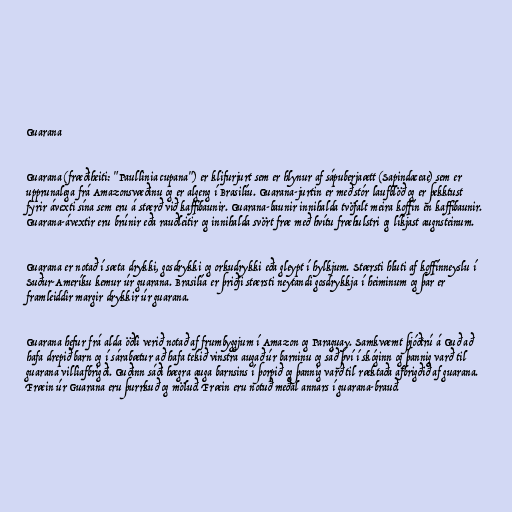
Guarana

Guarana (fræðiheiti: "Paullinia cupana") er klifurjurt sem er hlynur af sápuberjaætt (Sapindaceae) sem er
upprunalega frá Amazonsvæðinu og er algeng í Brasilíu. Guarana-jurtin er með stór laufblöð og er þekktust
fyrir ávexti sína sem eru á stærð við kaffibaunir. Guarana-baunir innihalda tvöfalt meira koffín en kaffibaunir.
Guarana-ávextir eru brúnir eða rauðleitir og innihalda svört fræ með hvítu fræhulstri og líkjast augnsteinum.

Guarana er notað í sæta drykki, gosdrykki og orkudrykki eða gleypt í hylkjum. Stærsti hluti af koffínneyslu í
Suður-Ameríku kemur úr guarana. Brasilía er þriðji stærsti neytandi gosdrykkja í heiminum og þar er
framleiddir margir drykkir úr guarana.

Guarana hefur frá alda öðli verið notað af frumbyggjum í Amazon og Paraguay. Samkvæmt þjóðtrú á Guð að
hafa drepið barn og í sárabætur að hafa tekið vinstra augað úr barninu og sáð því í skóginn og þannig varð til
guarana villiafbrigði. Guðinn sáði hægra auga barnsins í þorpið og þannig varð til ræktaða afbrigðið af guarana.
Fræin úr Guarana eru þurrkuð og möluð. Fræin eru notuð meðal annars í guarana-brauð.